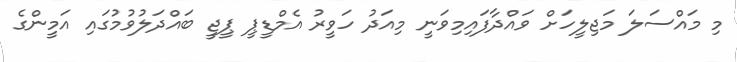
މި މައްސަލަ މަޖިލީހަށް ވައްދާފައިމިވަނީ މިއަދު ހަވީރު އެމްޑީޕީ ޕީޖީ ބައްދަލުވުމުގައި އަމީންގެ